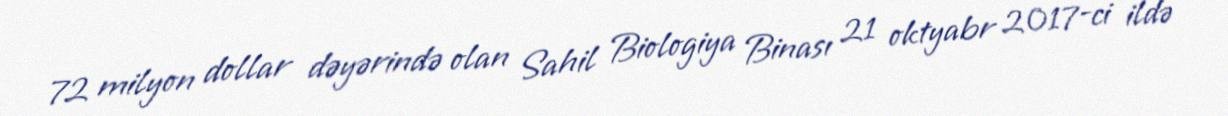
72 milyon dollar dəyərində olan Sahil Biologiya Binası 21 oktyabr 2017-ci ildə